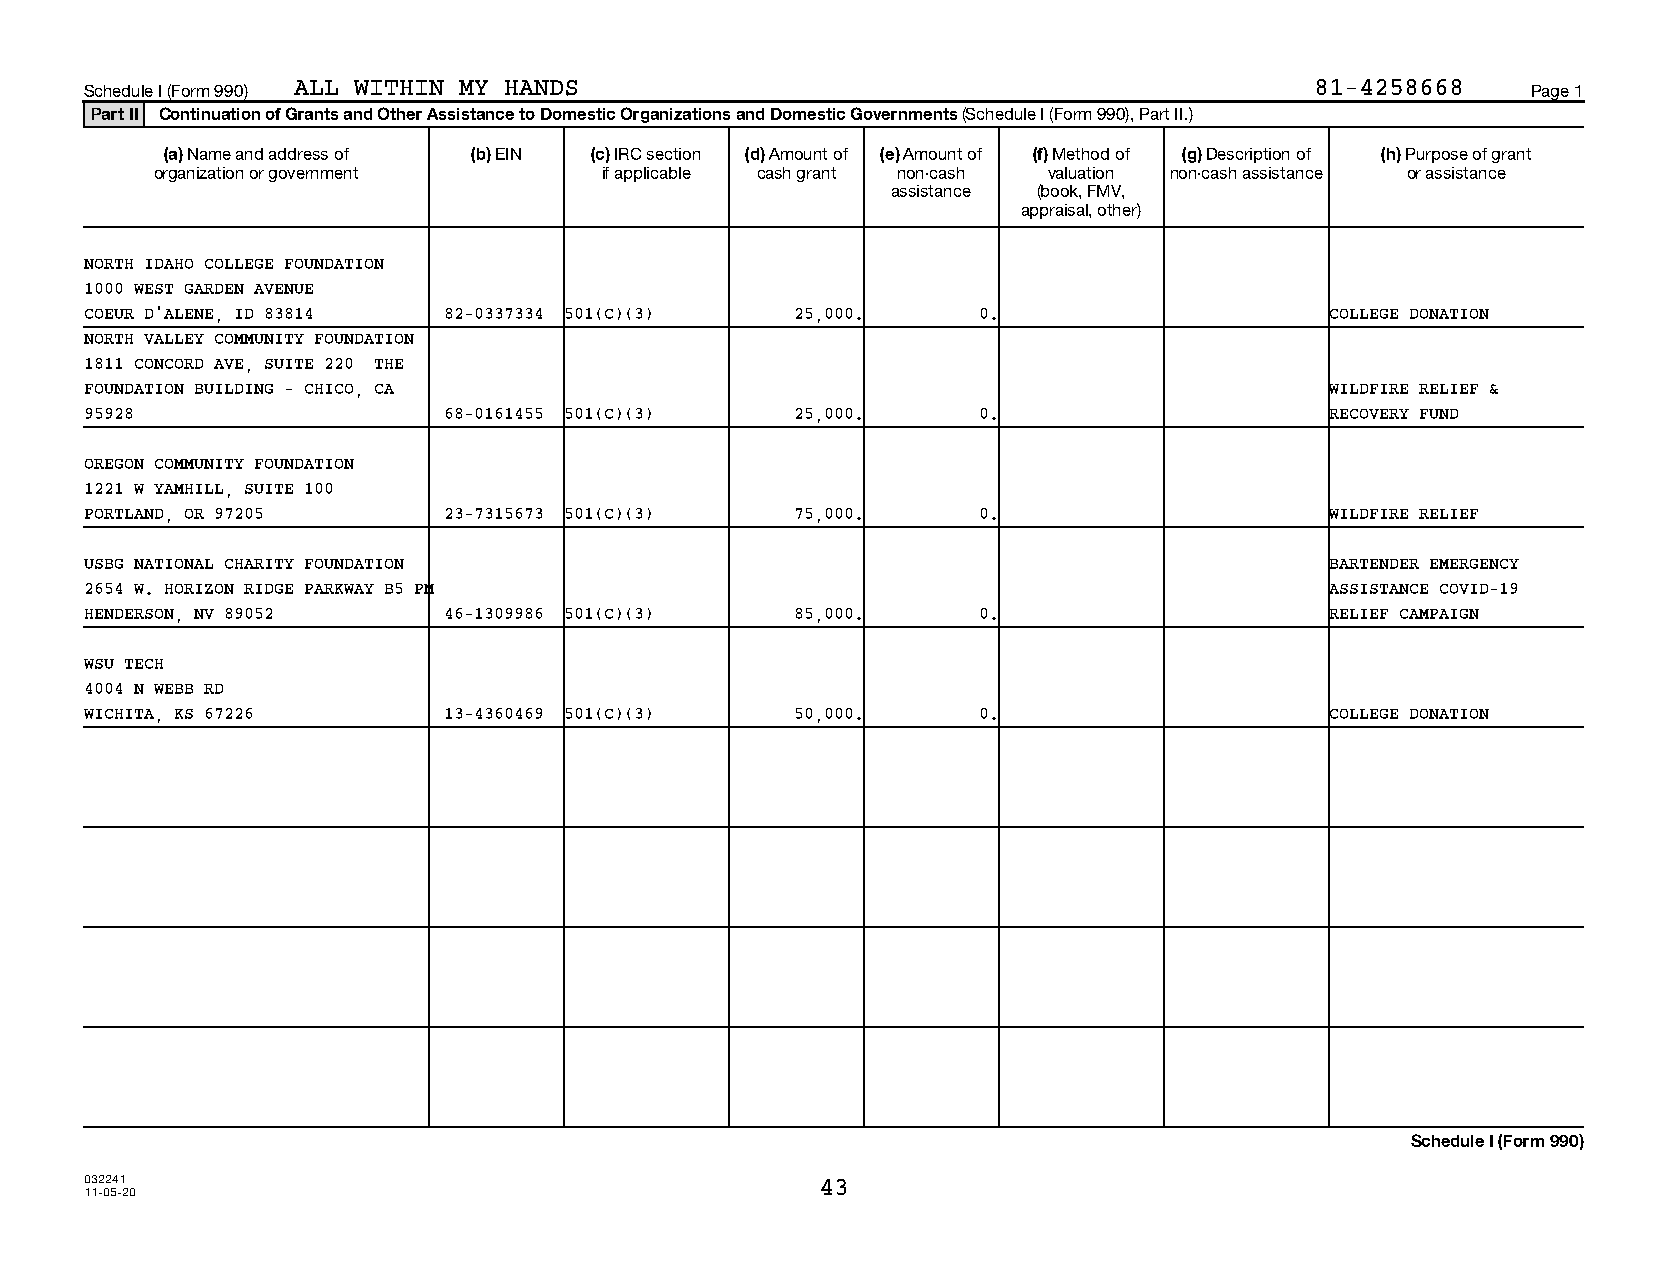
Schedule I (Form 990) ALL WITHIN MY HANDS                                        81-4258668    Page 1
 Part II Continuation of Grants and Other Assistance to Domestic Organizations and Domestic Governments (Schedule I (Form 990), Part II.)
 (a) Name and address of (b) EIN (c) IRC section (d) Amount of (e) Amount of (f) Method of (g) Description of (h) Purpose of grant
 organization or government    if applicable cash grant non-cash valuation non-cash assistance or assistance
 assistance (book, FMV,
 appraisal, other)
 NORTH IDAHO COLLEGE FOUNDATION
 1000 WEST GARDEN AVENUE
 COEUR D'ALENE, ID 83814 82-0337334 501(C)(3)   25,000.     0.                     COLLEGE DONATION
 NORTH VALLEY COMMUNITY FOUNDATION
 1811 CONCORD AVE, SUITE 220 THE
 FOUNDATION BUILDING - CHICO, CA                                                   WILDFIRE RELIEF &
 95928                  68-0161455 501(C)(3)    25,000.     0.                     RECOVERY FUND
 OREGON COMMUNITY FOUNDATION
 1221 W YAMHILL, SUITE 100
 PORTLAND, OR 97205     23-7315673 501(C)(3)    75,000.     0.                     WILDFIRE RELIEF
 USBG NATIONAL CHARITY FOUNDATION                                                  BARTENDER EMERGENCY
 2654 W. HORIZON RIDGE PARKWAY B5 PM                                               ASSISTANCE COVID-19
 HENDERSON, NV 89052    46-1309986 501(C)(3)    85,000.     0.                     RELIEF CAMPAIGN
 WSU TECH
 4004 N WEBB RD
 WICHITA, KS 67226      13-4360469 501(C)(3)    50,000.     0.                     COLLEGE DONATION
 Schedule I (Form 990)
 032241                                          43
 11-05-20
 13141110 794084 48555        2020.05000 ALL WITHIN MY HANDS         48555__1